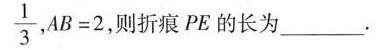
\frac{1}{3}，$$A B = 2$$，则折痕PE的长为___.